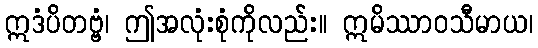
ဣဒံပိတဗ္ဗံ၊ ဤအလုံးစုံကိုလည်း။ ဣမိဿာဝသီမာယ၊